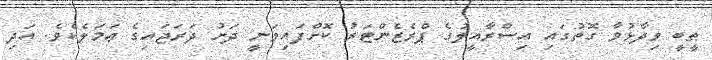
ޠީބީ ވިދާޅުވާ ގޮތުގައި އިސްރާއީލުގެ ޕްރެޒެންޓަރު ކޮށްފައިވަނީ ދަށު ދަރަޖައިގެ ޢަމަލެކެވެ. އަދި